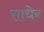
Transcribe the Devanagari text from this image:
साधेर